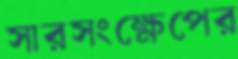
সারসংক্ষেপের